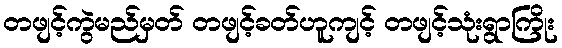
တဖျင့်ကွဲမည်မှတ် တဖျင့်ခတ်ဟူကျင့် တဖျင့်သုံးရွာကြိုး